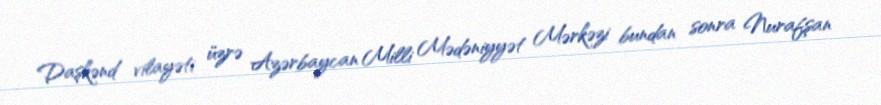
Daşkənd vilayəti üzrə Azərbaycan Milli Mədəniyyət Mərkəzi bundan sonra Nurafşan